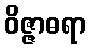
ဝိဇ္ဇာဓရာ